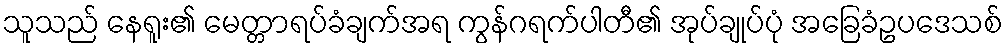
သူသည် နေရူး၏ မေတ္တာရပ်ခံချက်အရ ကွန်ဂရက်ပါတီ၏ အုပ်ချုပ်ပုံ အခြေခံဥပဒေသစ်